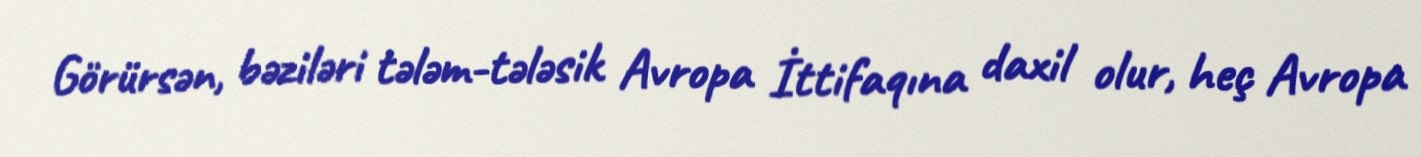
Görürsən, bəziləri tələm-tələsik Avropa İttifaqına daxil olur, heç Avropa